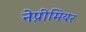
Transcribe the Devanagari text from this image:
नेप्रीमियर